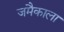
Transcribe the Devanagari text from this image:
जमैकाला